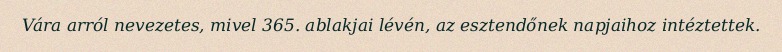
Vára arról nevezetes, mivel 365. ablakjai lévén, az esztendőnek napjaihoz intéztettek.